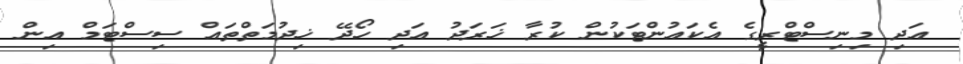
އަދި މިނިސްޓްރީގެ އެކައުންޓަކުން ކުރާ ޚަރަދު އަދި ހޯދޭ ޚިދުމަތްތައް ސިސްޓަމް އިން